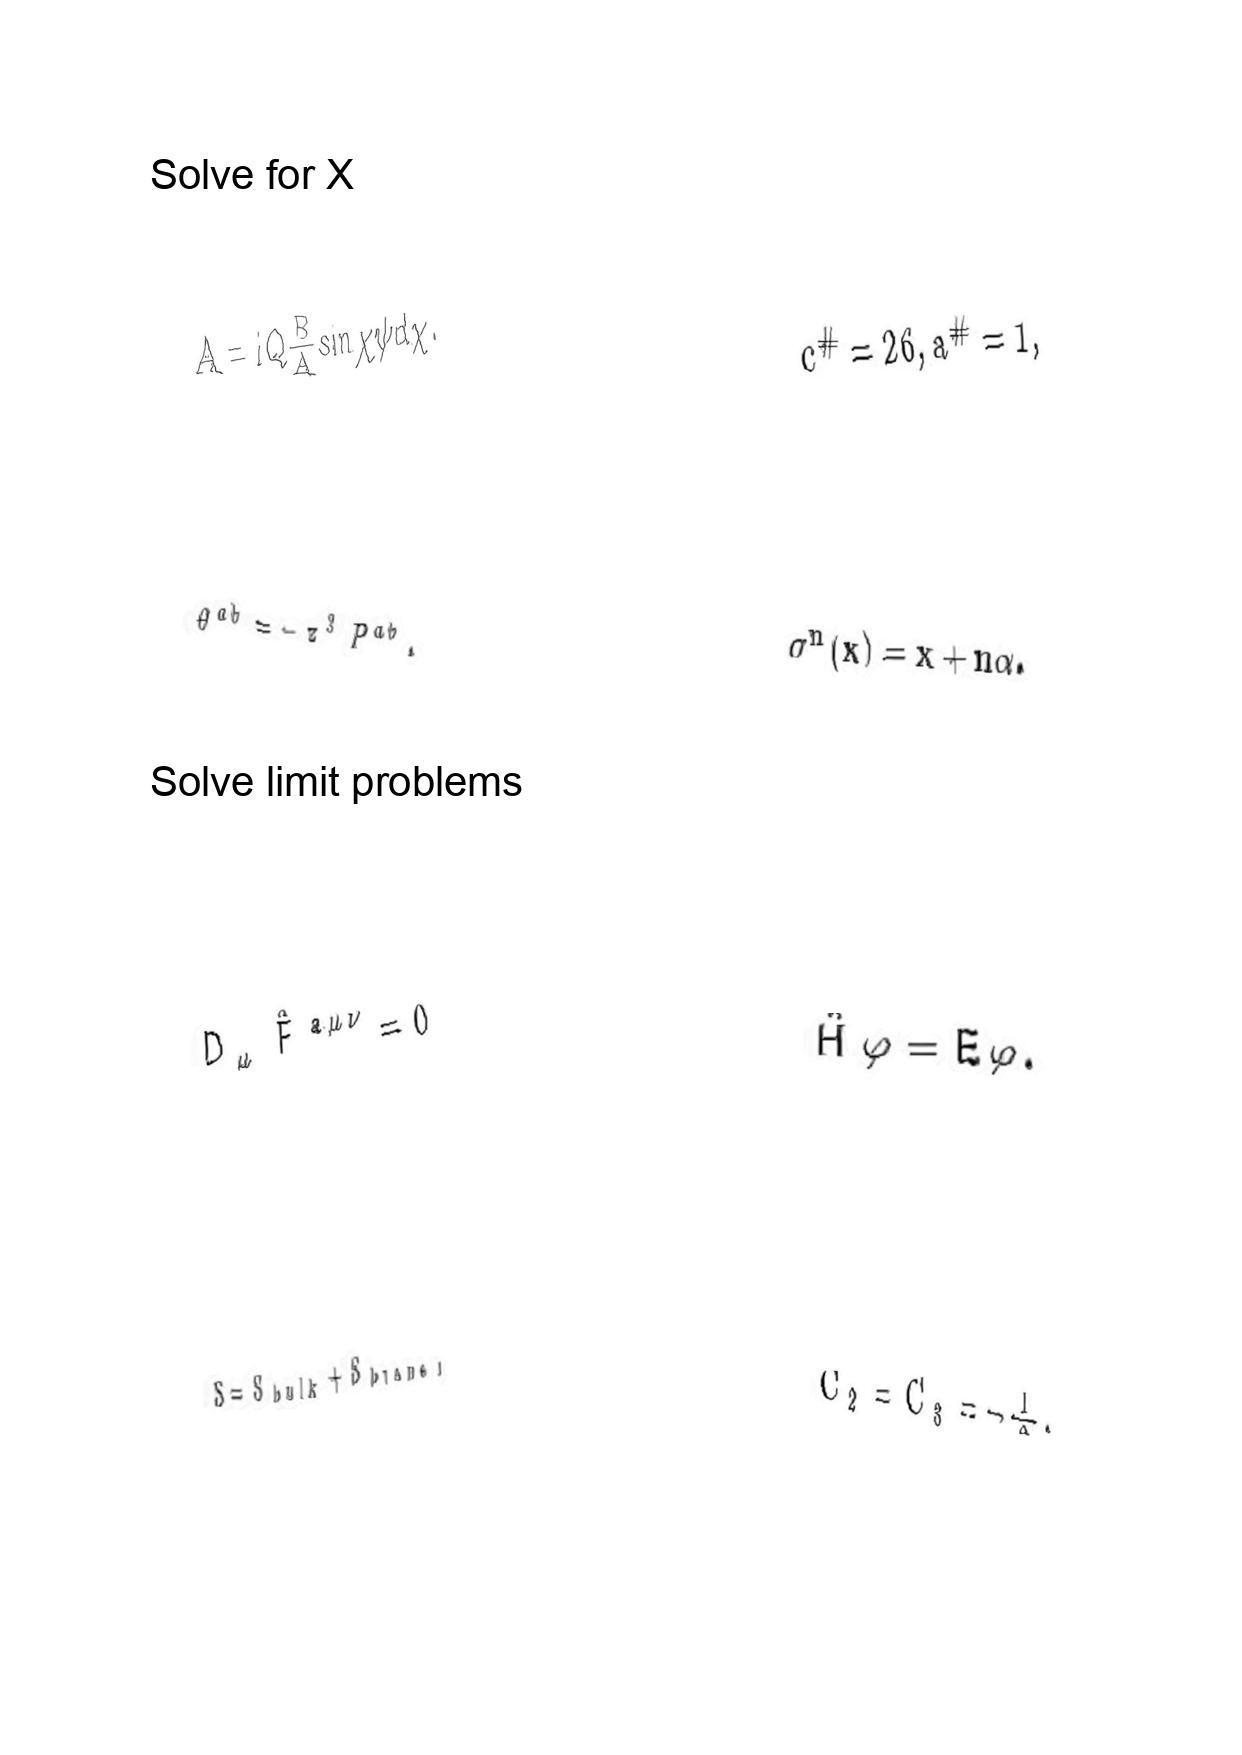
LaTeX transcription:
A = i Q \frac { B } { A } \sin \chi \psi d \chi .
\theta ^ { a b } = - z ^ { 3 } P ^ { a b } .
D _ { \mu } \hat { F } ^ { a \mu \nu } = 0
S = S _ { b u l k } + S _ { b r a n e } ,
c ^ { \# } = 2 6 , a ^ { \# } = 1 ,
\sigma ^ { n } \lparen x \rparen = x + n \alpha .
\hat { H } \varphi = E \varphi .
C _ { 2 } = C _ { 3 } = - \frac { 1 } { 2 } .